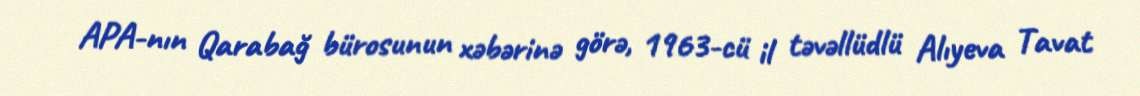
APA-nın Qarabağ bürosunun xəbərinə görə, 1963-cü il təvəllüdlü Alıyeva Tavat